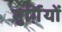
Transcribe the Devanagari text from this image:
मुर्ग़ियों